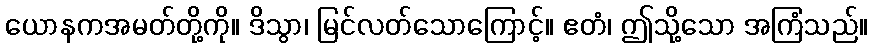
ယောနကအမတ်တို့ကို။ ဒိသွာ၊ မြင်လတ်သောကြောင့်။ ဧတံ၊ ဤသို့သော အကြံသည်။